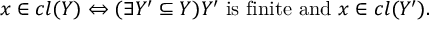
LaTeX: x \in c l ( Y ) \Leftrightarrow ( \exists Y ^ { \prime } \subseteq Y ) Y ^ { \prime } { \mathrm { ~ i s ~ f i n i t e ~ a n d ~ } } x \in c l ( Y ^ { \prime } ) .